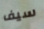
سيف